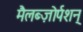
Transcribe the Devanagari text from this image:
मैलब्ज़ोर्पशन्